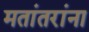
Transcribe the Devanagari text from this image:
मतांतरांना